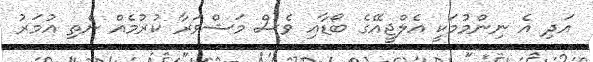
އަދި އެ ނިންމުމަކީ އެލްޖީއޭގެ ބޯޑާއި ވެސް މަޝްވަރާ ކުރުމެއް ނެތި އުމަރު